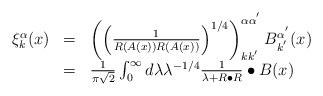
LaTeX: \begin{align*}\begin{array}{ccl}\xi _k^\alpha (x) & = & \left( \left( \frac 1{R\left( A(x)\right) R\left(A(x)\right) }\right) ^{1/4}\right) _{kk^{^{\prime }}}^{\alpha \alpha^{^{\prime }}}B_{k^{^{\prime }}}^{\alpha ^{^{\prime }}}(x) \\ & = & \frac 1{\pi \sqrt{2}}\int_0^\infty d\lambda \lambda ^{-1/4}\frac1{\lambda +R\bullet R}\bullet B(x) \end{array}\end{align*}